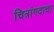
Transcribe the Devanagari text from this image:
चित्रांगदाचा